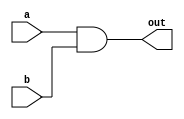
// and gate
module and_gate(a,b,out);
    input a;
    input b;
    output out;

    assign out = a && b;
endmodule

///module <MODULE NAME> (TERMINAL_LIST)
// . . .
//endmodule